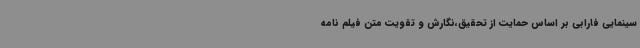
سینمایی فارابی بر اساس حمایت از تحقیق،نگارش و تقویت متن فیلم نامه